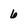
Character: 6